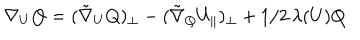
{ \nabla _ { U } } Q = ( \tilde { \nabla } _ { U } Q ) _ { \perp } - ( \tilde { \nabla } _ { Q } U _ { \parallel } ) _ { \perp } + 1 / 2 \, \lambda ( U ) Q